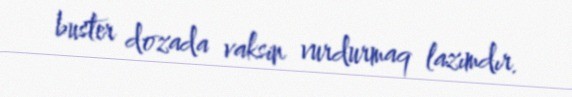
buster dozada vaksin vurdurmaq lazımdır.